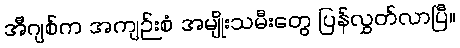
အီဂျစ်က အကျဉ်းစံ အမျိုးသမီးတွေ ပြန်လွှတ်လာပြီ။